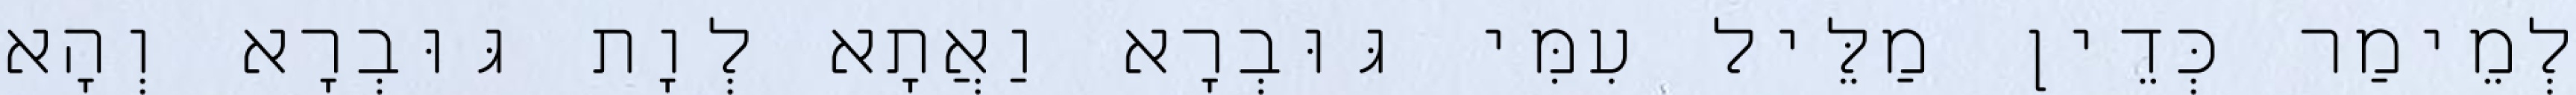
לְמֵימַר כְּדֵין מַלֵּיל עִמִּי גּוּבְרָא וַאֲתָא לְוָת גּוּבְרָא וְהָא